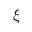
\xi